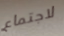
لاجتماع